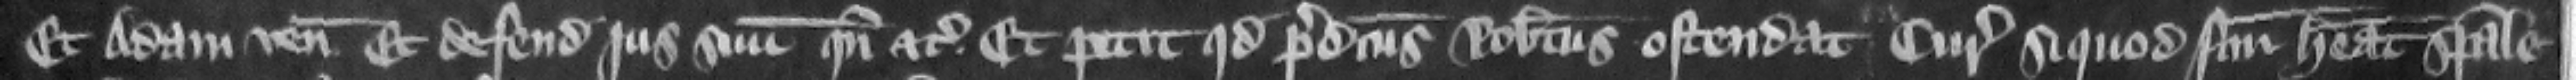
Et Adam venit et defendit jus suum quando etc. Et petit quod predictus Robertus ostendat Curie si quod factum habeat speciale